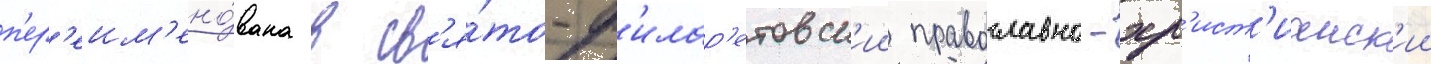
п'ер'еим'ено́вана в св'я́то-ф'илар'етовск'ии православно-хр'ист'ианск'ии